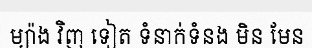
ម្យ៉ាង វិញ ទៀត ទំនាក់ទំនង មិន មែន